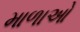
માળાઓ